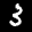
Label: 3